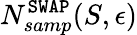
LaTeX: N_{samp}^{\mathtt{SWAP}}(S,\epsilon)